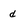
Character: d